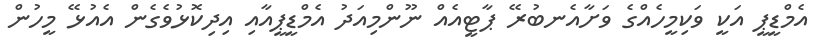
އެމްޑީޕީ އަކީ ވަކިމީހެއްގެ ވަށާއެނބުރޭ ޕާޓީއެއް ނޫންމިއަދު އެމްޑީޕީއާއި އިދިކޮޅުވެގެން އެއުޅޭ މީހުން